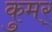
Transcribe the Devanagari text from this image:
कुमर्